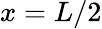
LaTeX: x=L/2